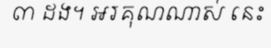
៣ ដង។ អរគុណណាស់ នេះ